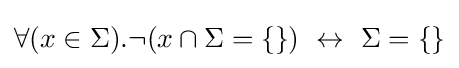
\forall (x\in \Sigma ).\neg (x\cap \Sigma =\{\})\,\,\leftrightarrow \,\,\Sigma =\{\}